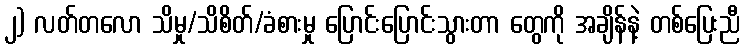
၂) လတ်တလော သိမှု/သိစိတ်/ခံစားမှု ပြောင်းပြောင်းသွားတာ တွေကို အချိန်နဲ့ တစ်ပြေးညီ